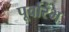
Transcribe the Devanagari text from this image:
पूर्वारंभ